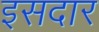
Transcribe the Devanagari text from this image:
इसदार